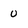
Character: U